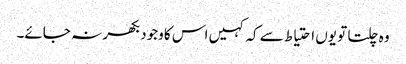
وہ چلتا تو یوں احتیاط سے کہ کہیں اس کا وجود بکھر نہ جائے۔